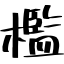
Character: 檻